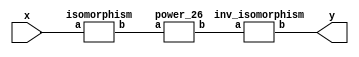
`timescale 1ns/100ps
module SMSS32_26_nn_8_3(x,y);
	 input [5:0] x;
	 output [5:0] y;
	 wire [5:0] w;
	 wire [5:0] p;
	 isomorphism C2 (x,w);
	 power_26 C3 (w,p);
	 inv_isomorphism C4 (p,y);
endmodule

module add_base(a,b,c);
	 input [2:0] a;
	 input [2:0] b;
	 output [2:0] c;
	 assign c[0]=a[0]^b[0];
	 assign c[1]=a[1]^b[1];
	 assign c[2]=a[2]^b[2];
endmodule

module multiplication_base(a,b,c);
	 input [2:0] a;
	 input [2:0] b;
	 output [2:0] c;
	 assign c[0]=(a[2]&b[2])^(a[0]&b[1])^(a[1]&b[0])^(a[1]&b[2])^(a[2]&b[1]);
	 assign c[1]=(a[0]&b[0])^(a[0]&b[2])^(a[2]&b[0])^(a[1]&b[2])^(a[2]&b[1]);
	 assign c[2]=(a[1]&b[1])^(a[0]&b[1])^(a[1]&b[0])^(a[0]&b[2])^(a[2]&b[0]);
endmodule

module square_base(a,b);
	 input [2:0] a;
	 output[2:0] b;
	 assign b[0]=a[2];
	 assign b[1]=a[0];
	 assign b[2]=a[1];
endmodule

module four_base(a,b);
	 input [2:0] a;
	 output[2:0] b;
	 assign b[0]=a[1];
	 assign b[1]=a[2];
	 assign b[2]=a[0];
endmodule

module power_26(a,b);
	 input [5:0] a;
	 output [5:0] b;
	 wire [2:0] x_0;
	 wire [2:0] x_1;
	 wire [2:0] x_2;
	 wire [2:0] x_3;
	 wire [2:0] x_4;
	 wire [2:0] x_5;
	 wire [2:0] x_6;
	 wire [2:0] y_0;
	 wire [2:0] y_1;
	 assign x_0[0]=a[0];
	 assign x_0[1]=a[1];
	 assign x_0[2]=a[2];
	 assign x_1[0]=a[3];
	 assign x_1[1]=a[4];
	 assign x_1[2]=a[5];
	 add_base  A1 (x_0,x_1,x_2);
	 four_base A2 (x_2,x_3);
	 multiplication_base A3 (x_0,x_1,x_4);
	 square_base  A4 (x_4,x_5);
	 add_base A5 (x_5,x_3,x_6);
	 multiplication_base A6 (x_0,x_6,y_0);
	 multiplication_base A7 (x_1,x_6,y_1);
	 assign b[0]=y_1[0];
	 assign b[1]=y_1[1];
	 assign b[2]=y_1[2];
	 assign b[3]=y_0[0];
	 assign b[4]=y_0[1];
	 assign b[5]=y_0[2];
endmodule

module inv_isomorphism(a,b);
	 input [5:0] a;
	 output [5:0] b;
	 assign b[0]=a[0]^a[1]^a[4];
	 assign b[1]=a[3]^a[4];
	 assign b[2]=a[1]^a[2];
	 assign b[3]=a[1]^a[2]^a[3]^a[5];
	 assign b[4]=a[0]^a[3]^a[5];
	 assign b[5]=a[1]^a[2]^a[3];
endmodule

module isomorphism(a,b);
	 input [5:0] a;
	 output [5:0] b;
	 assign b[0]=a[0]^a[4]^a[5];
	 assign b[1]=a[0]^a[1]^a[2];
	 assign b[2]=a[0]^a[2]^a[3];
	 assign b[3]=a[0]^a[2]^a[5];
	 assign b[4]=a[0]^a[2]^a[4]^a[5];
	 assign b[5]=a[0]^a[1]^a[5];
endmodule